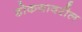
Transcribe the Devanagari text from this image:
डोकयावरील